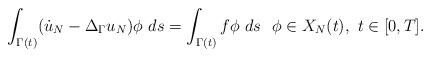
LaTeX: \begin{align*}\int_{\Gamma(t)} (\dot{u}_N -\Delta_{\Gamma} u_N)\phi \, \,d s = \int_{\Gamma(t)} f \phi \, \, d s~~ \phi \in X_N(t), ~t \in [0,T].\end{align*}